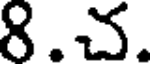
8.చ.